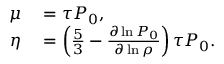
\begin{array} { r l } { \mu } & { { } = \tau P _ { 0 } , } \\ { \eta } & { { } = \left( \frac { 5 } { 3 } - \frac { \partial \ln P _ { 0 } } { \partial \ln \rho } \right) \tau P _ { 0 } . } \end{array}